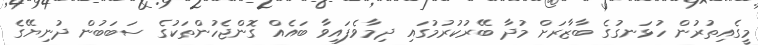
މީގެއިތުރުން ހުޅަނގުގެ ބާޒާރަށް މުދާ ބޭރުކުރުމުގައި ދިމާވެފައިވާ ބައެއް ގޮންޖެހުންތަކުގެ ސަބަބުން ދުނިޔޭގެ